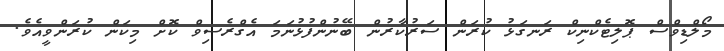
މޯލްޑިވްސް ޕޮލިޓެކްނިކް ރަނގަޅު ކުރަން ސަރުކާރުން ބޭނުންފުޅުނަމަ އެގްރެސިވް ކޮށް މިކަން ކުރަންވީއެވެ.